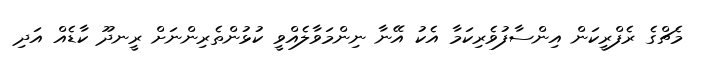
މެޗްގެ ރެފްރީކަން އިންސާފުވެރިކަމާ އެކު އޭނާ ނިންމަވާލެއްވީ ކުޅުންތެރިންނަށް ރީނދޫ ކާޑެއް އަދި